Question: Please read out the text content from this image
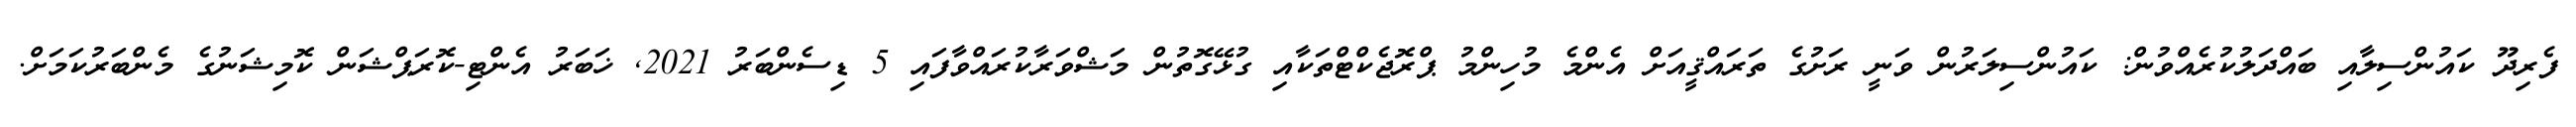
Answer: ފެރިދޫ ކައުންސިލާއި ބައްދަލުކުރެއްވުން: ކައުންސިލަރުން ވަނީ ރަށުގެ ތަރައްޤީއަށް އެންމެ މުހިންމު ޕްރޮޖެކްޓްތަކާއި ގުޅޭގޮތުން މަޝްވަރާކުރައްވާފައި 5 ޑިސެންބަރު 2021, ޚަބަރު އެންޓި-ކޮރަޕްޝަން ކޮމިޝަނުގެ މެންބަރުކަމަށް.